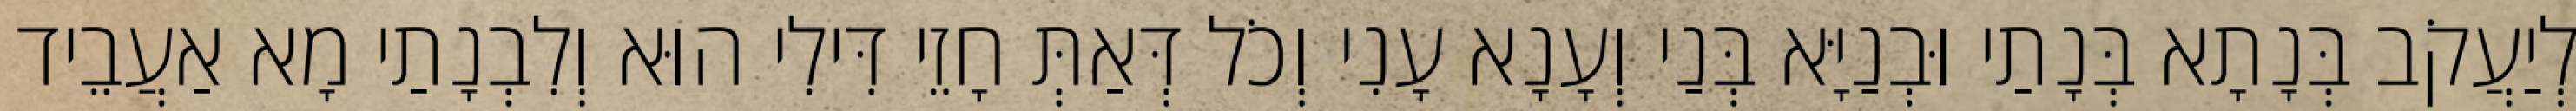
לְיַעֲקֹב בְּנָתָא בְּנָתַי וּבְנַיָּא בְּנַי וְעָנָא עָנִי וְכֹל דְּאַתְּ חָזֵי דִּילִי הוּא וְלִבְנָתַי מָא אַעֲבֵיד